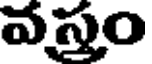
వస్తం